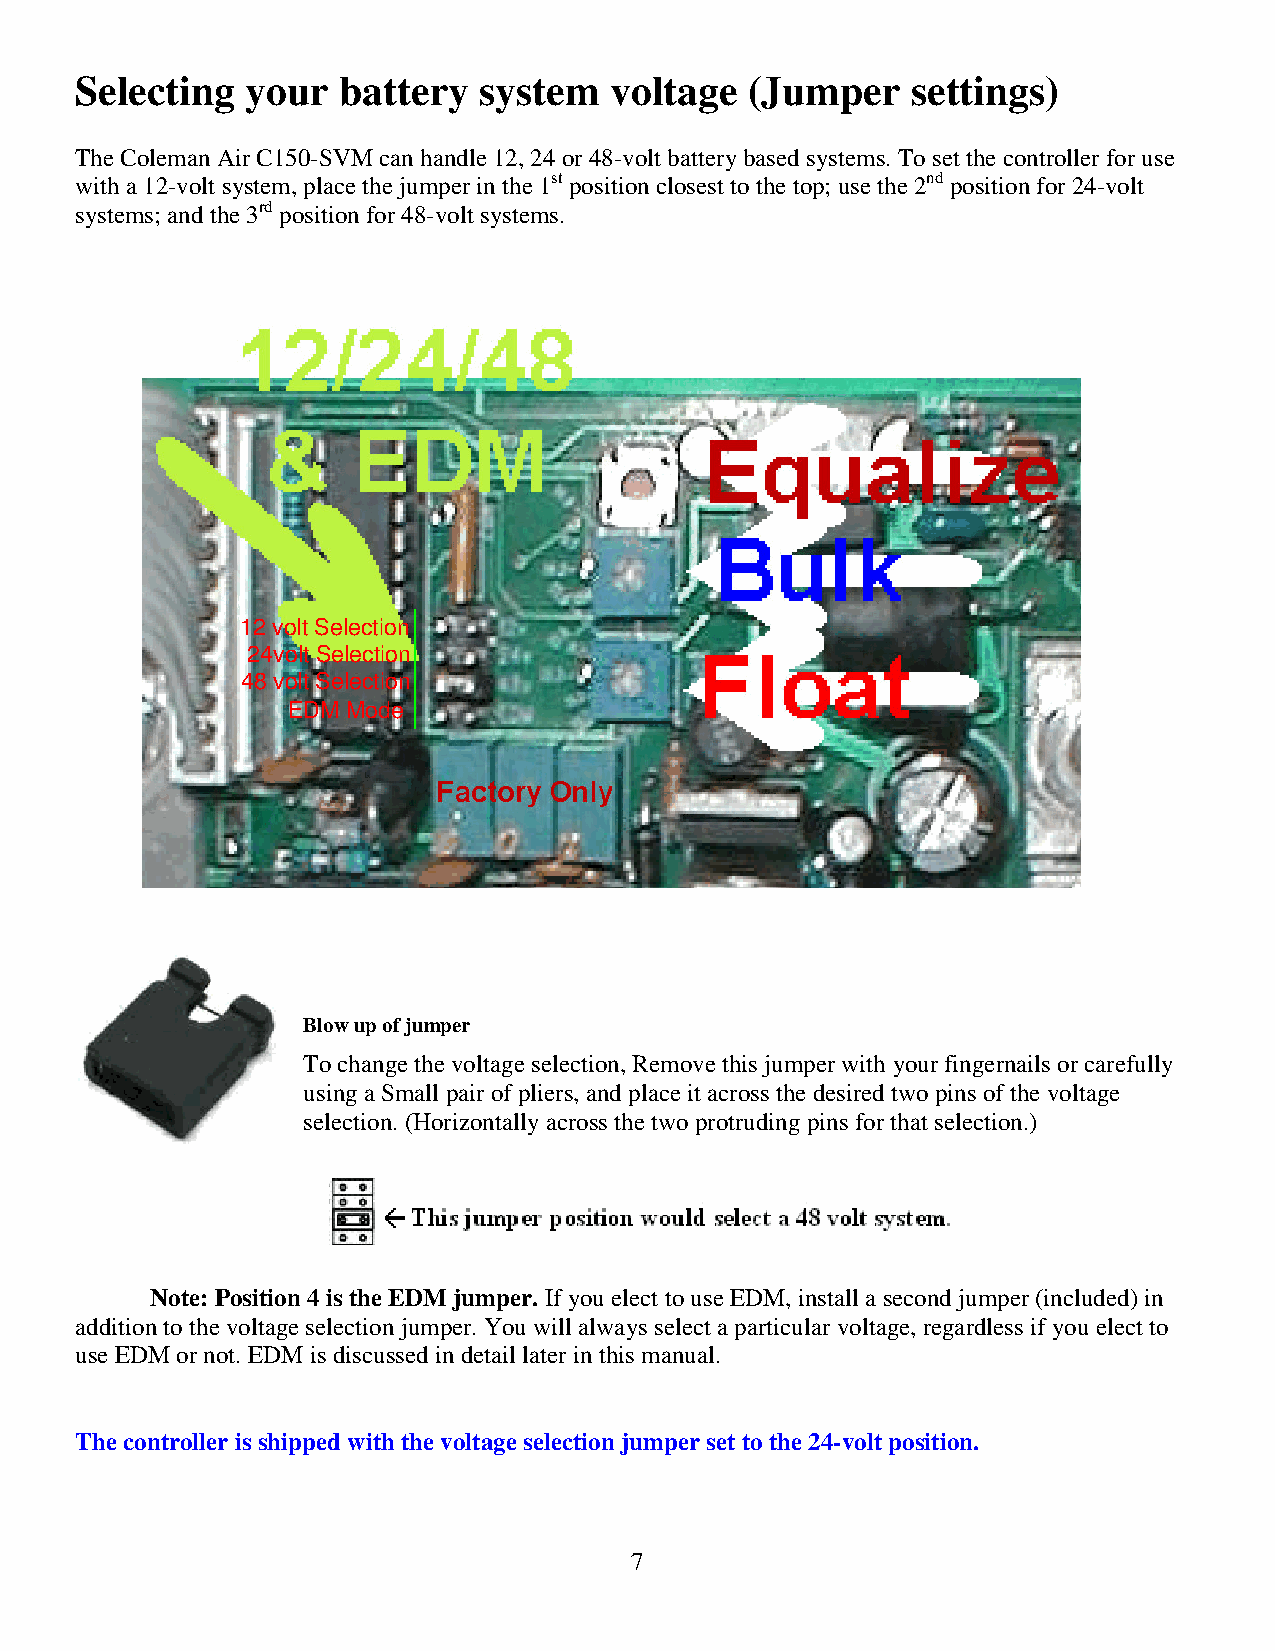
Selecting  your  battery   system  voltage   (Jumper   settings)
 The Coleman Air C150-SVM can handle 12, 24 or 48-volt battery based systems. To set the controller for use
 with a 12-volt system, place the jumper in the 1st position closest to the top; use the 2nd position for 24-volt
 systems; and the 3rd position for 48-volt systems.
 12 volt Selection
 24volt Selection
 48 volt Selection
 EDM Mode
 Blow up of jumper
 To change the voltage selection, Remove this jumper with your fingernails or carefully
 using a Small pair of pliers, and place it across the desired two pins of the voltage
 selection. (Horizontally across the two protruding pins for that selection.)
 Note: Position 4 is the EDM jumper. If you elect to use EDM, install a second jumper (included) in
 addition to the voltage selection jumper. You will always select a particular voltage, regardless if you elect to
 use EDM or not. EDM is discussed in detail later in this manual.
 The controller is shipped with the voltage selection jumper set to the 24-volt position.
 7